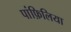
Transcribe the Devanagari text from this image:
पांफ़िलिया